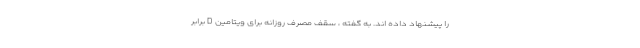
را پیشنهاد داده اند. به گفته ، سقف مصرف روزانه برای ویتامین D برابر